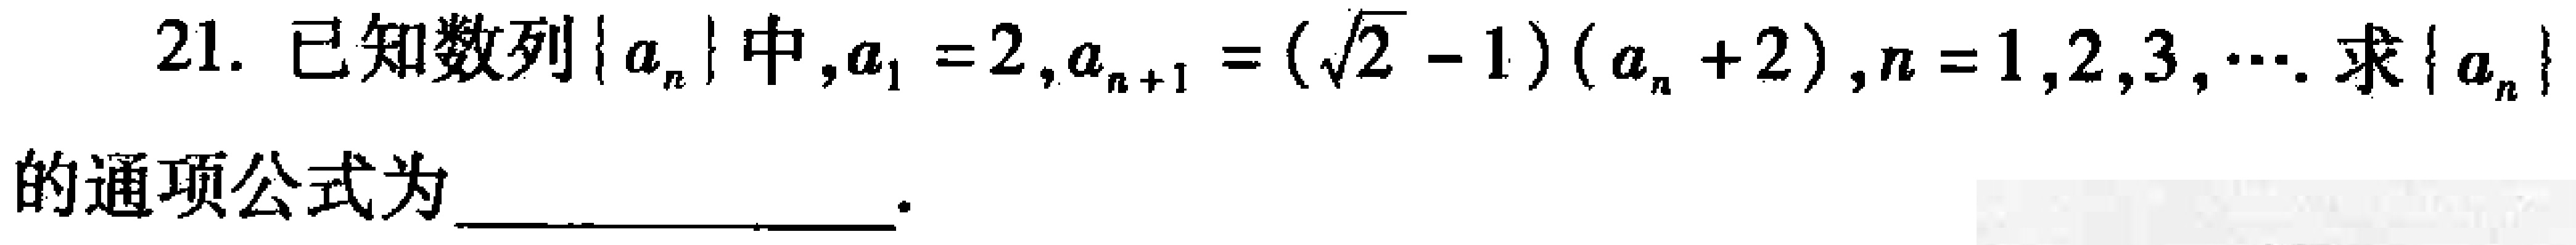
21. 已知数列\(\{ a_{n}\}\)中，\(a_{1}=2\)，\(a_{n + 1}=(\sqrt{2}-1)(a_{n}+2)\)，\(n = 1,2,3,\cdots\). 求\(\{ a_{n}\}\)的通项公式为  。